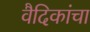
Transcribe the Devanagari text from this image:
वैदिकांचा